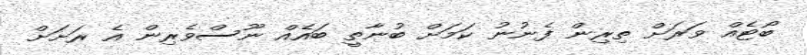
ބޯޓެއް ވަރަށް ތިރިން ފެނުނު ކަމަށް ބުނާތީ ބައެއް ނޫސްވެރިން އެ ރަށަށް